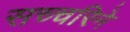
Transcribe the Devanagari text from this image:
सच्चरिने